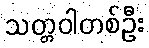
သတ္တဝါတစ်ဦး